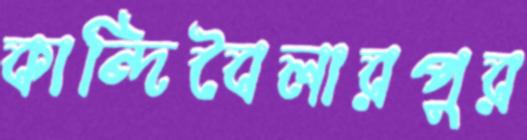
কান্দিবৈলারপুর